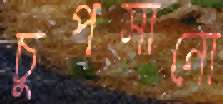
চুপসানো